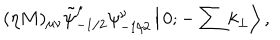
( \eta M ) _ { \mu \nu } \tilde { \psi } _ { - 1 / 2 } ^ { \mu } \psi _ { - 1 / 2 } ^ { \nu } \left| \, 0 ; - \sum k _ { \perp } \right> ,